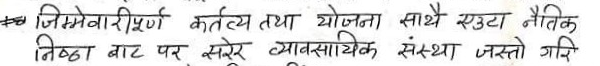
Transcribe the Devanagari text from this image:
जिम्मेवारीपूर्ण कर्तव्य तथा योजना साथै एउटा नैतिक
निष्ठा बाट पर सरेर व्यावसायिक संस्था जस्तो गरि